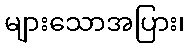
များသောအပြား၊